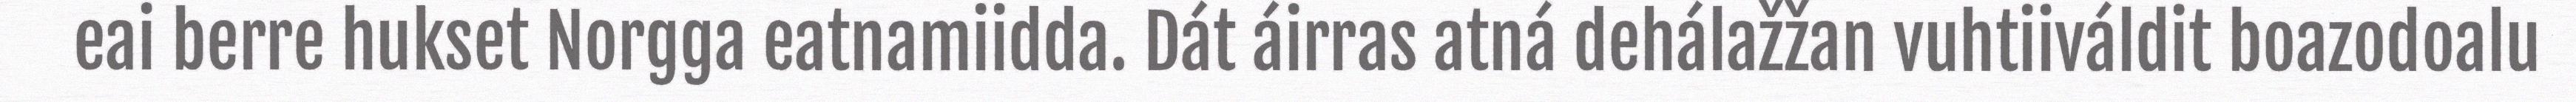
eai berre hukset Norgga eatnamiidda. Dát áirras atná dehálažžan vuhtiiváldit boazodoalu